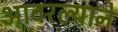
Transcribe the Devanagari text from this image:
आवरल्याने